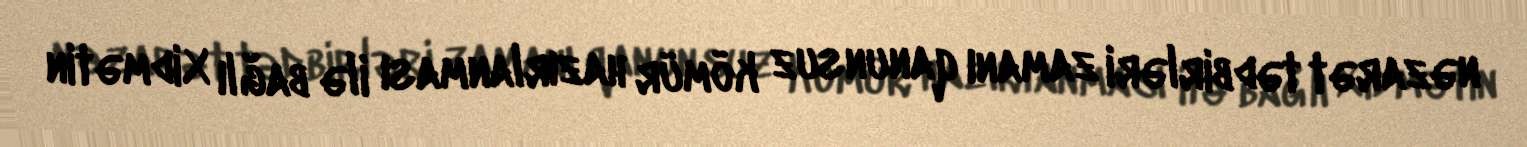
nəzarət tədbirləri zamanı qanunsuz kömür hazırlanması ilə bağlı Xidmətin